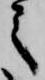
之